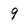
Character: 9